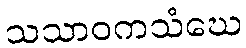
သသာဝကသံဃေ